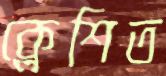
ক্লেশিত